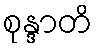
စုန္ဒာတိ